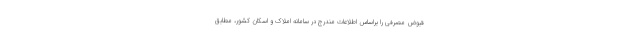
قبوض مصرفی را براساس اطلاعات مندرج در سامانه املاک و اسکان کشور، مطابق